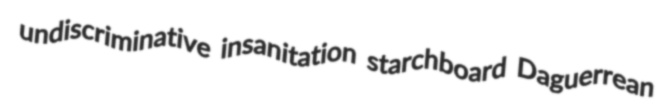
undiscriminative insanitation starchboard Daguerrean